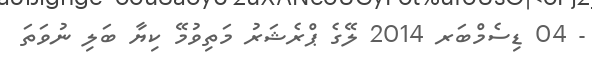
- 04 ޑިސެމްބަރ 2014 ލޭގެ ޕްރެޝަރު މަތިވުމޭ ކިޔާ ބަލި ނުވަތަ